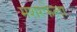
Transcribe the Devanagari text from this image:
मशरफेला